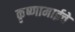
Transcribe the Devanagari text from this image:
कृष्णामाईचे